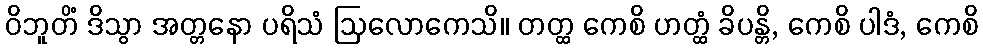
ဝိဘူတိံ ဒိသွာ အတ္တနော ပရိသံ ဩလောကေသိ။ တတ္ထ ကေစိ ဟတ္ထံ ခိပန္တိ, ကေစိ ပါဒံ, ကေစိ